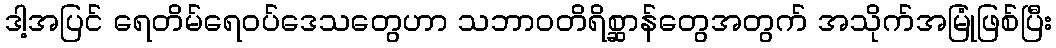
ဒါ့အပြင် ရေတိမ်ရေဝပ်ဒေသတွေဟာ သဘာဝတိရိစ္ဆာန်တွေအတွက် အသိုက်အမြုံဖြစ်ပြီး